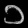
Digit: ၁